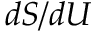
d S / d U